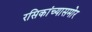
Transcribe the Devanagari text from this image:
रसिकांच्यासमोर